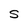
Character: S